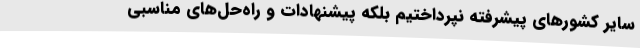
سایر کشورهای پیشرفته نپرداختیم بلکه پیشنهادات و راه‌حل‌های مناسبی